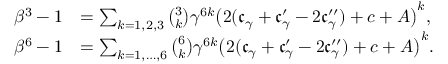
\begin{array} { r l } { \beta ^ { 3 } - 1 } & { = \sum _ { k = 1 , 2 , 3 } { \binom { 3 } { k } } \gamma ^ { 6 k } \bigl ( 2 ( \mathfrak { c } _ { \gamma } + \mathfrak { c } _ { \gamma } ^ { \prime } - 2 \mathfrak { c } _ { \gamma } ^ { \prime \prime } ) + c + A \bigr ) ^ { k } , } \\ { \beta ^ { 6 } - 1 } & { = \sum _ { k = 1 , \ldots , 6 } { \binom { 6 } { k } } \gamma ^ { 6 k } \bigl ( 2 ( \mathfrak { c } _ { \gamma } + \mathfrak { c } _ { \gamma } ^ { \prime } - 2 \mathfrak { c } _ { \gamma } ^ { \prime \prime } ) + c + A \bigr ) ^ { k } . } \end{array}